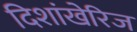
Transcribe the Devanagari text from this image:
दिशांखेरिज